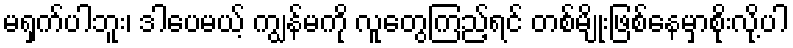
မရှက်ပါဘူး၊ ဒါပေမယ့် ကျွန်မကို လူတွေကြည့်ရင် တစ်မျိုးဖြစ်နေမှာစိုးလို့ပါ